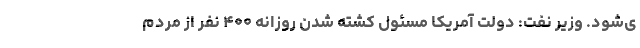
ی‌شود. وزیر نفت: دولت آمریکا مسئول کشته شدن روزانه ۴۰۰ نفر از مردم